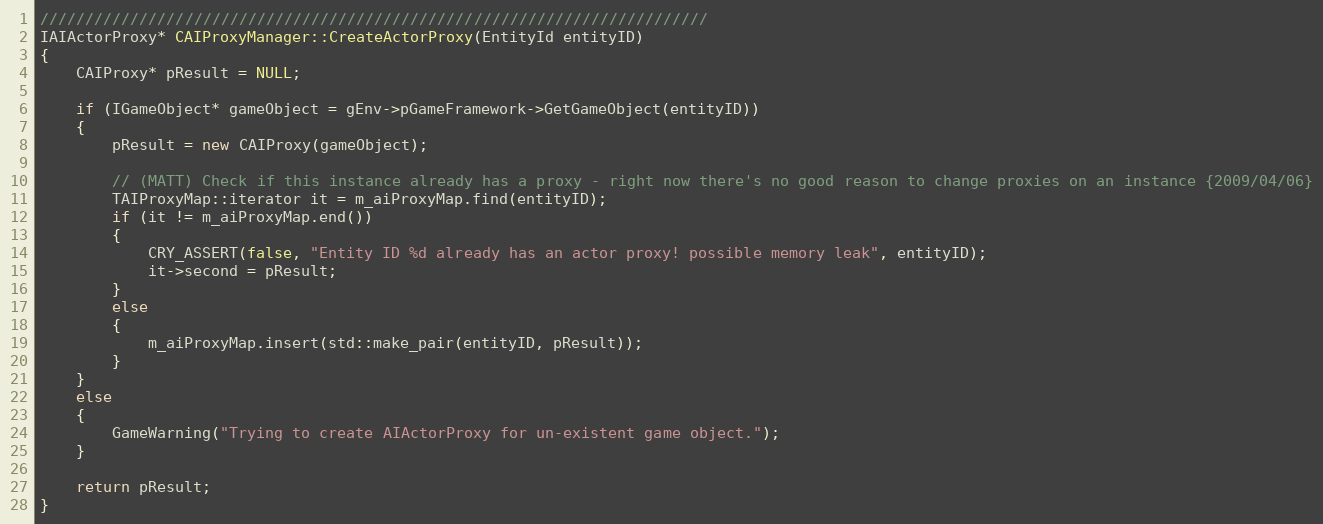
Language: C++
//////////////////////////////////////////////////////////////////////////
IAIActorProxy* CAIProxyManager::CreateActorProxy(EntityId entityID)
{
	CAIProxy* pResult = NULL;

	if (IGameObject* gameObject = gEnv->pGameFramework->GetGameObject(entityID))
	{
		pResult = new CAIProxy(gameObject);

		// (MATT) Check if this instance already has a proxy - right now there's no good reason to change proxies on an instance {2009/04/06}
		TAIProxyMap::iterator it = m_aiProxyMap.find(entityID);
		if (it != m_aiProxyMap.end())
		{
			CRY_ASSERT(false, "Entity ID %d already has an actor proxy! possible memory leak", entityID);
			it->second = pResult;
		}
		else
		{
			m_aiProxyMap.insert(std::make_pair(entityID, pResult));
		}
	}
	else
	{
		GameWarning("Trying to create AIActorProxy for un-existent game object.");
	}

	return pResult;
}